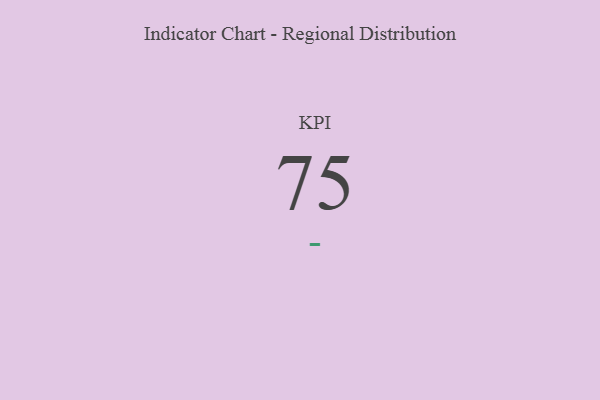
{"axis": {"x": "KPI", "y": "Value"}, "legend": [""], "data": [{"x": "KPI", "y": 75, "type": ""}]}